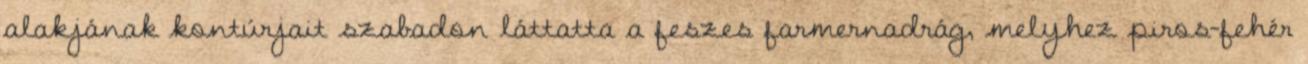
alakjának kontúrjait szabadon láttatta a feszes farmernadrág, melyhez piros-fehér